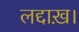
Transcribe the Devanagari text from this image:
लद्दाख़।